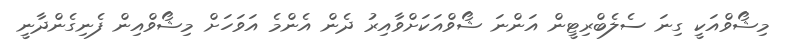
މިޝޯވްއަކީ ގިނަ ސެލެބްރިޓީން އަންނަ ޝޯވްއަކަށްވާއިރު ދެން އެންމެ އަވަހަށް މިޝޯވްއިން ފެނިގެންދާނީ